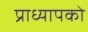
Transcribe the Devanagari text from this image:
प्राध्यापको